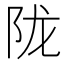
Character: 陇